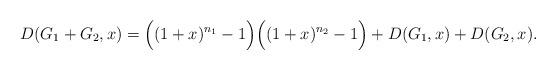
LaTeX: \begin{align*}D(G_1+ G_2,x)=\Big((1+x)^{n_1}-1\Big)\Big((1+x)^{n_2}-1\Big)+D(G_1,x)+D(G_2,x).\end{align*}